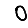
Digit: 0